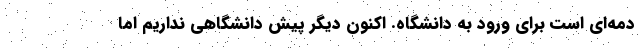
دمه‌ای است برای ورود به دانشگاه. اکنون دیگر پیش دانشگاهی نداریم اما